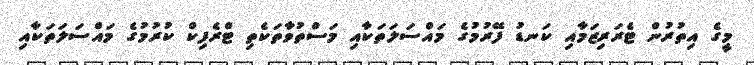
މީގެ އިތުރުން ޓެރަރިޒަމާއި ކަނޑު ފޭރުމުގެ މައްސަލަތަކާއި މަސްތުވާތަކެތި ޓްރެފިކް ކުރުމުގެ މައްސަލަތަކާއި